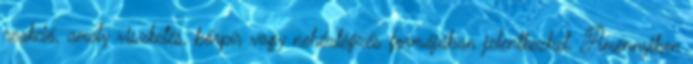
reakció, amely viszketés, bőrpír vagy nehézlégzés formájában jelentkezhet. Amennyiben